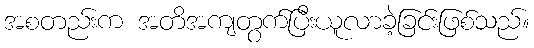
အစတည်းက အတိအကျတွက်ပြီးယူလာခဲ့ခြင်းဖြစ်သည်။